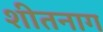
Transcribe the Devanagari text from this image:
शीतनाग